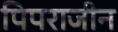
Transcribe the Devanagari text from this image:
पिपराजीन